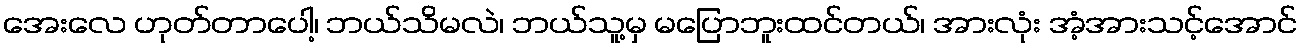
အေးလေ ဟုတ်တာပေါ့၊ ဘယ်သိမလဲ၊ ဘယ်သူ့မှ မပြောဘူးထင်တယ်၊ အားလုံး အံ့အားသင့်အောင်